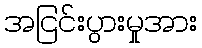
အငြင်းပွားမှုအား